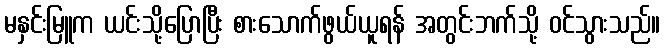
မနှင်းမြူက ယင်းသို့ပြောပြီး စားသောက်ဖွယ်ယူရန် အတွင်းဘက်သို့ ဝင်သွားသည်။